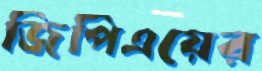
জিপিএয়ের